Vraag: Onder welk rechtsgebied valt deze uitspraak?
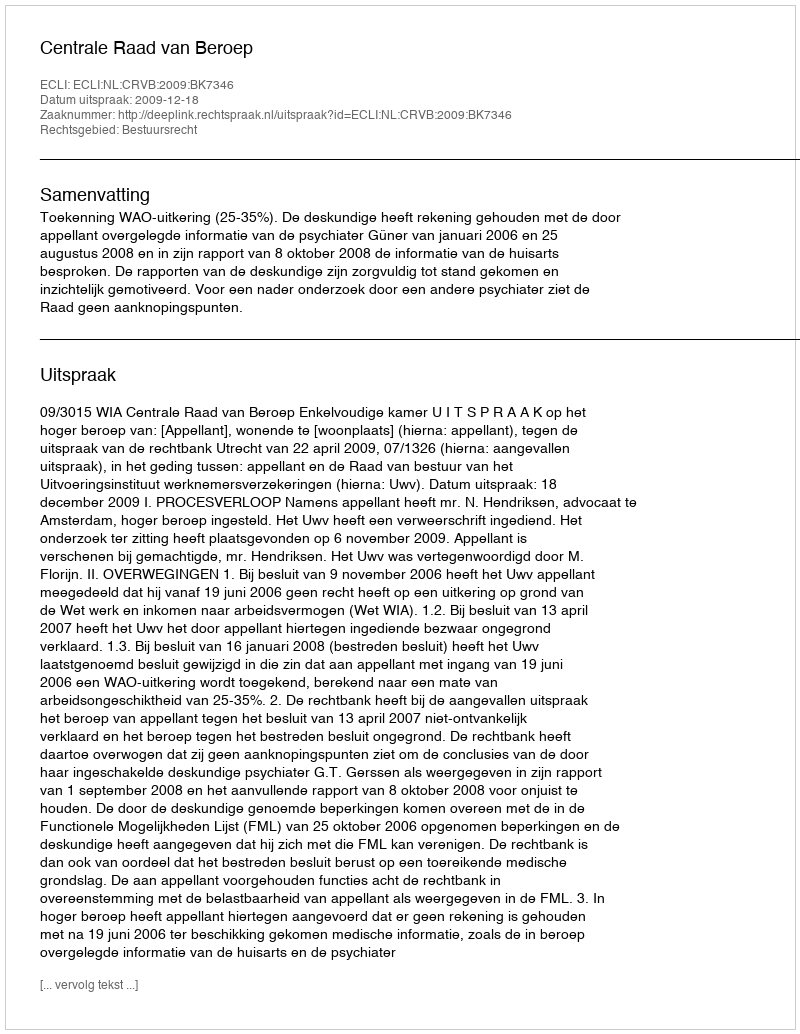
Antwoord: Bestuursrecht